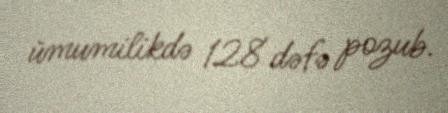
ümumilikdə 128 dəfə pozub.